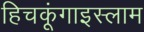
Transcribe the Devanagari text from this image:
हिचकूंगाइस्लाम